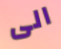
الى